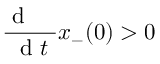
\frac { \mathrm { ~ d ~ \, ~ \, ~ } } { \mathrm { ~ d ~ } t } x _ { - } ( 0 ) > 0